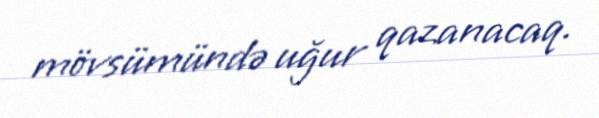
mövsümündə uğur qazanacaq.